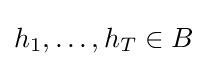
h_{1},\ldots ,h_{T}\in B